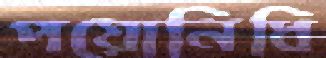
পয়োনিধি